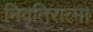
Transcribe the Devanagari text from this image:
निवृतिरात्मा